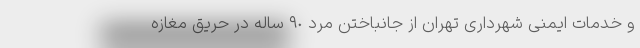
و خدمات ایمنی شهرداری تهران از جانباختن مرد ٩٠ ساله در حریق مغازه